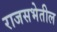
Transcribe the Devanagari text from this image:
राजसभेतील